Annual report of the Bengal Veterinary College and of the Civil Veterinary Department, Bengal, for the year 1910-1911 - 1910-1911
Year: 1910
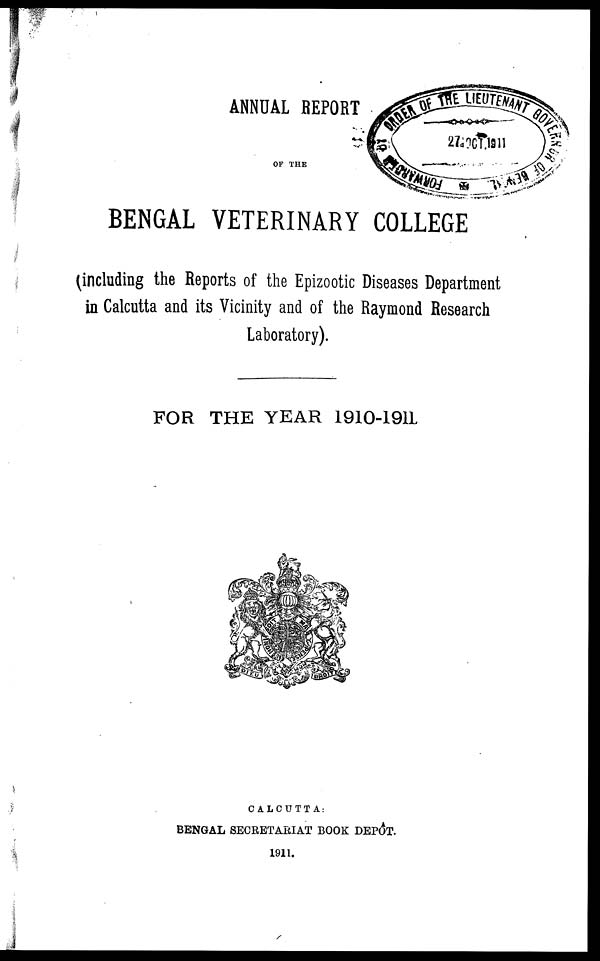
ANNUAL REPORT
OF THE
BENGAL VETERINARY COLLEGE
(including the Reports of the Epizootic Diseases Department
in Calcutta and its Vicinity and of the Raymond Research
Laboratory).
FOR THE YEAR 1910-1911
CALCUTTA :
BENGAL SECRETARIAT BOOK DEPOT.
1911.